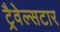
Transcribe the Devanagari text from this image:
ट्रैवेल्सटार